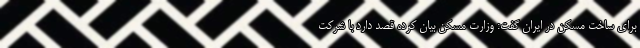
برای ساخت مسکن در ایران گفت: وزارت مسکن بیان کرده قصد دارد با شرکت